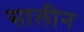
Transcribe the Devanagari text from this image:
सालीन